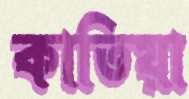
কাতিয়া